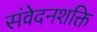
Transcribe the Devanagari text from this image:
संवेदनशक्ति